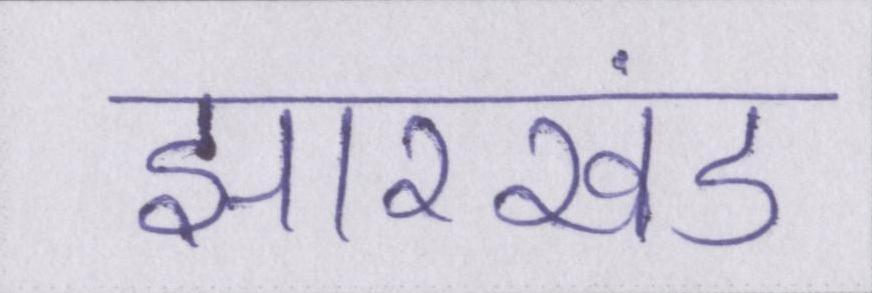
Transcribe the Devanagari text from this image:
झारखंड